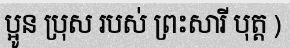
ប្អូន ប្រុស របស់ ព្រះសារី បុត្ត )